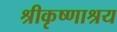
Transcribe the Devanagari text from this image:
श्रीकृष्णाश्रय